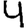
Digit: 4